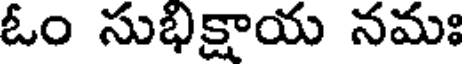
ఓం సుభిక్షాయ నమః